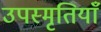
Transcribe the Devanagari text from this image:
उपस्मृतियाँ